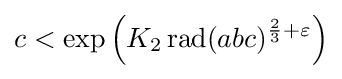
c<\exp {\left(K_{2}\operatorname {rad} (abc)^{{\frac {2}{3}}+\varepsilon }\right)}